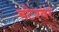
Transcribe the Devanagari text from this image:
बटेश्‍वर